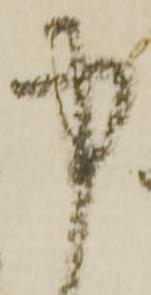
中